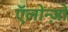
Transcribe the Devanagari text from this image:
ऍलोन्ज़ो